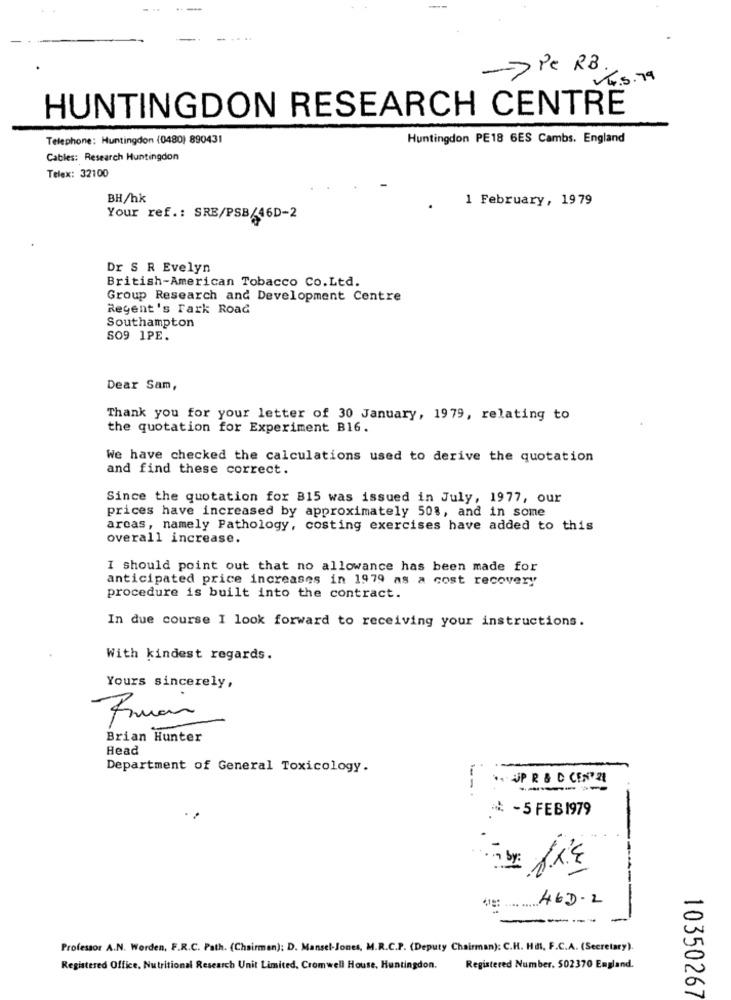
-
->Pe RB
4.5.79
HUNTINGDON RESEARCH CENTRE
Telephone: Huntingdon (0480) 890431
Huntingdon PE18 6ES Cambs. England
Cables: Research Huntingdon
Telex: 32100
BH/hk
1 February, 19 79
Your ref .: SRE/PSB/46D-2
Dr S R Evelyn
British-American Tobacco Co.Ltd.
Group Research and Development Centre
Regent's Fark Road
Southampton
SO9 1PE.
Dear Sam,
Thank you for your letter of 30 January, 1979, relating to
the quotation for Experiment B16.
We have checked the calculations used to derive the quotation
and find these correct.
Since the quotation for B15 was issued in July, 1977, our
prices have increased by approximately 508, and in some
arcas, namely Pathology, costing exercises have added to this
overall increase.
I should point out that no allowance has been made for
anticipated price increases in 1979 as a cost recovery
procedure is built into the contract.
In due course I look forward to receiving your instructions.
With kindest regards.
Yours sincerely,
Brian Hunter
Head
Department of General Toxicology.
.. . JP R & D CENY2L
. - 5 FEB1979
by:
46D-2
-----
Professor A.N. Worden, F.R.C. Path. (Chairman): D. Mansel-Jones, M.R.C.P. (Deputy Chairman): C.H. Hill, F.C.A. (Secretary).
Registered Office, Nutritional Research Unit Limited, Cromwell House, Huntingdon.
Registered Number. 502370 England.
10350267